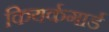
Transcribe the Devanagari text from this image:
कियर्कगार्ड